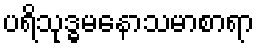
ပရိသုဒ္ဓမနောသမာစာရာ